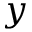
y